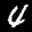
Label: 4